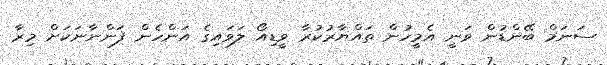
ސަނަމް ބޭންޑުން ވަނީ އެމީހުން ތައްޔާރުކުރާ ވީޑިއޯ ލަވައިގެ އަންހެން ފަންނާނަކަށް މިރާ